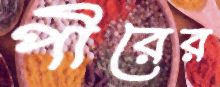
পীরের